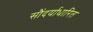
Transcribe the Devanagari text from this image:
सौंदर्याधारित